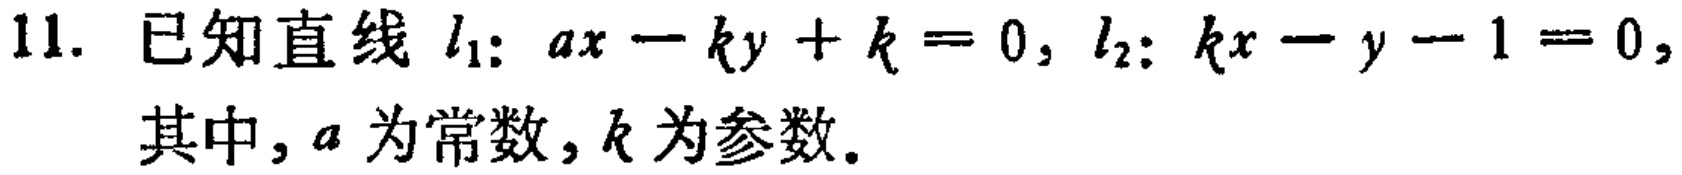
11. 已知直线 \(l_{1}:ax - ky + k = 0,\ l_{2}:kx - y - 1 = 0,\)
其中，\(a\) 为常数，\(k\) 为参数。